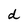
Character: d